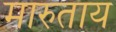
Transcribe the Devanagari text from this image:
मारुताय